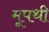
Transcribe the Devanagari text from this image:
मूपथी